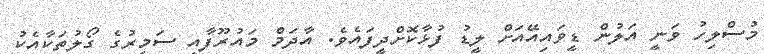
މުސްލިހު ވަނީ އަލުން ޑީވައިއޭއަށް ލީޑު ފުޅާކޮށްދީފައެވެ. އާދަމް މައުރޫފާއި ސަމީރުގެ ގޯލުތަކާއެކު